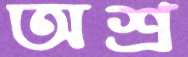
অশ্র